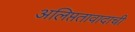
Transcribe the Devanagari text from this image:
अलिप्ततावादाची